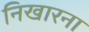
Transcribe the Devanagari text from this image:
निखारना